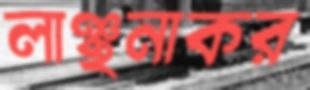
লাঞ্ছনাকর